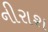
નીરાશ